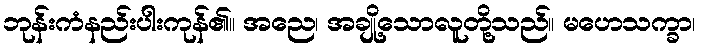
ဘုန်းကံနည်းပါးကုန်၏။ အညေ၊ အချို့သောလူတို့သည်။ မဟေသက္ခာ၊